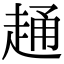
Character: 𧻹